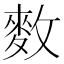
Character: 𪌑